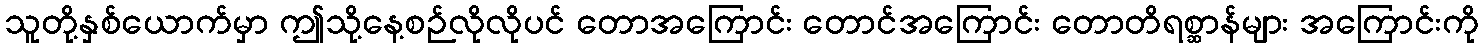
သူတို့နှစ်ယောက်မှာ ဤသို့နေ့စဉ်လိုလိုပင် တောအကြောင်း တောင်အကြောင်း တောတိရစ္ဆာန်များ အကြောင်းကို